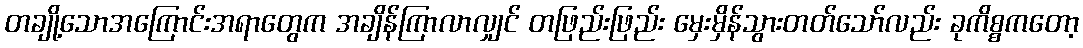
တချို့သောအကြောင်းအရာတွေက အချိန်ကြာလာလျှင် တဖြည်းဖြည်း မှေးမှိန်သွားတတ်သော်လည်း ခုကိစ္စကတော့